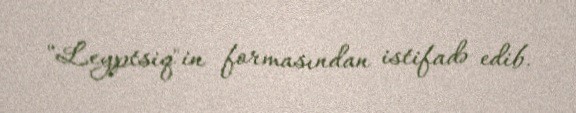
"Leyptsiq"in formasından istifadə edib.